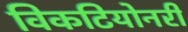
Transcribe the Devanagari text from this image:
विकटियोनरी